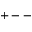
+ --